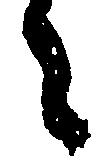
々